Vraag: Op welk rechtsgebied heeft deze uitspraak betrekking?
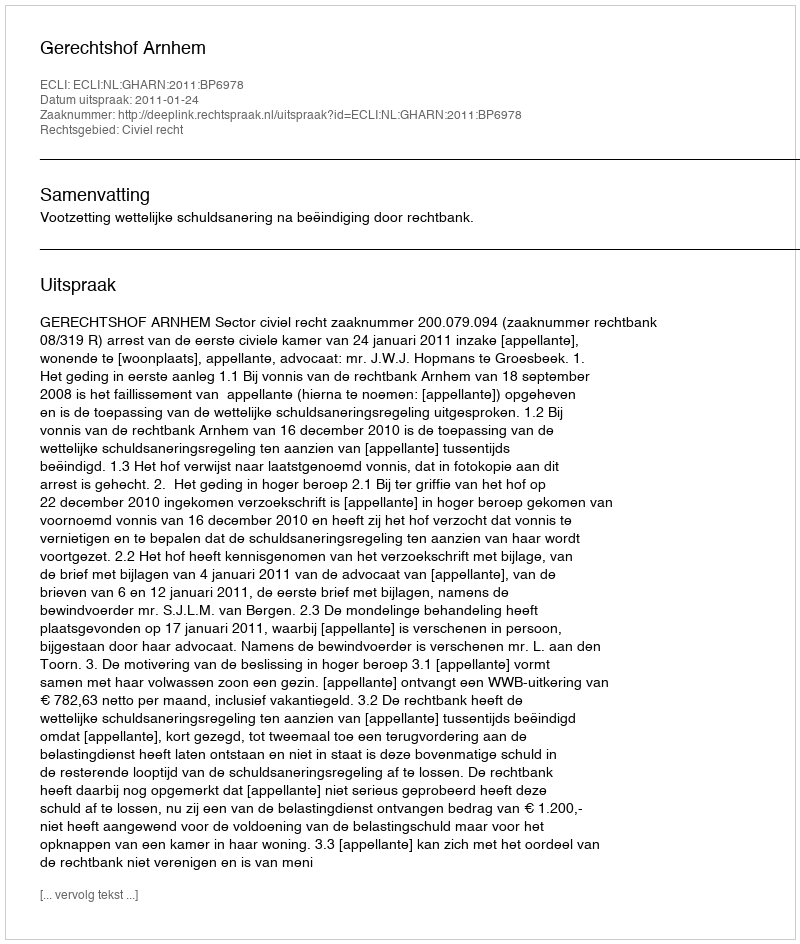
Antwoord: Civiel recht